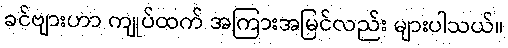
ခင်ဗျားဟာ ကျုပ်ထက် အကြားအမြင်လည်း များပါသယ်။